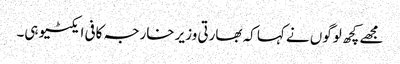
مجھے کچھ لوگوں نے کہا کہ بھارتی وزیر خارجہ کافی ایکٹیو ہی۔